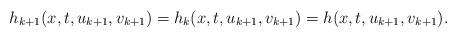
LaTeX: \begin{align*}h_{k+1}(x,t,u_{k+1},v_{k+1})=h_k(x,t,u_{k+1},v_{k+1})=h(x,t,u_{k+1},v_{k+1}).\end{align*}